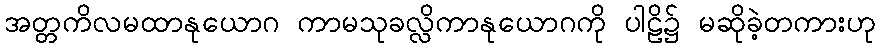
အတ္တကိလမထာနုယောဂ ကာမသုခလ္လိကာနုယောဂကို ပါဠိ၌ မဆိုခဲ့တကားဟု